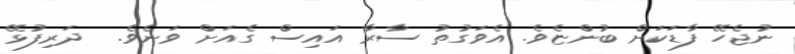
ނުޖެހޭ ފާޑަކަށް ބުންޏެވެ. އެވަގުތު ސާރާ އައިސް ގެއަށް ވަނެވެ.  ދަރިފުޅޭ